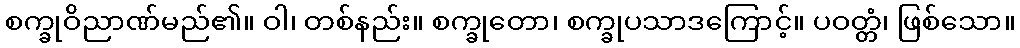
စက္ခုဝိညာဏ်မည်၏။ ဝါ၊ တစ်နည်း။ စက္ခုတော၊ စက္ခုပသာဒကြောင့်။ ပဝတ္တံ၊ ဖြစ်သော။